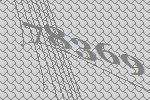
78369